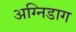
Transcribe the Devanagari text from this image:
अग्निडाग